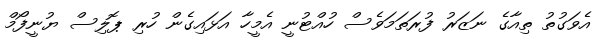
އެވަގުތު ތިއާގެ ނަޒަރު ފުރަތަމަވެސް ހުއްޓުނީ އެމީހާ އަޅައިގެން ހުރި ޕޮލިސް ޔުނީފޯމް